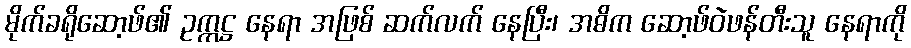
မိုက်ခရိုဆော့ဖ်၏ ဥက္ကဋ္ဌ နေရာ အဖြစ် ဆက်လက် နေပြီး၊ အဓိက ဆော့ဖ်ဝဲဖန်တီးသူ နေရာကို